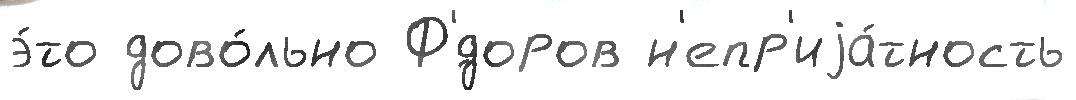
э́то дово́льно Ф'́доров н'епр'иjа́тность